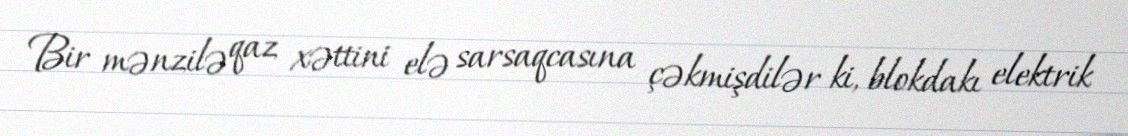
Bir mənzilə qaz xəttini elə sarsaqcasına çəkmişdilər ki, blokdakı elektrik